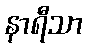
နာရီသာ